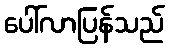
ပေါ်လာပြန်သည်